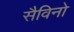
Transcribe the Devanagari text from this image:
सैविनो